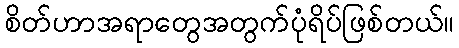
စိတ်ဟာအရာတွေအတွက်ပုံရိပ်ဖြစ်တယ်။